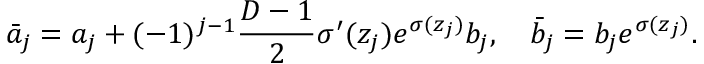
\bar { a } _ { j } = a _ { j } + ( - 1 ) ^ { j - 1 } \frac { D - 1 } { 2 } \sigma ^ { \prime } ( z _ { j } ) e ^ { \sigma ( z _ { j } ) } b _ { j } , \quad \bar { b } _ { j } = b _ { j } e ^ { \sigma ( z _ { j } ) } .